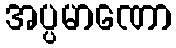
အပ္ပမာဏော